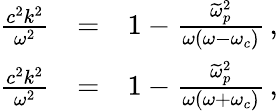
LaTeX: \begin{array}{rlr}{\frac{c^{2}k^{2}}{\omega^{2}}}&{=}&{1-\frac{\widetilde{\omega}_{p}^{2}}{\omega(\omega-\omega_{c})}\, ,}\\ {\frac{c^{2}k^{2}}{\omega^{2}}}&{=}&{1-\frac{\widetilde{\omega}_{p}^{2}}{\omega(\omega+\omega_{c})}\, ,}\end{array}